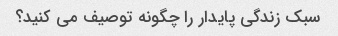
سبک زندگی پایدار را چگونه توصیف می کنید؟